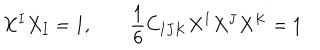
X ^ { I } X _ { I } = 1 , \qquad { \frac { 1 } { 6 } } C _ { I J K } X ^ { I } X ^ { J } X ^ { K } = 1